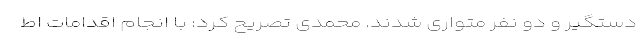
دستگیر و دو نفر متواری شدند. محمدی تصریح کرد: با انجام اقدامات اط